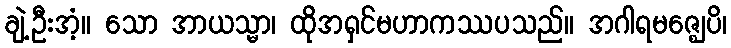
ချဲ့ဦးအံ့။ သော အာယသ္မာ၊ ထိုအရှင်မဟာကဿပသည်။ အဂါရမဇ္ဈေပိ၊